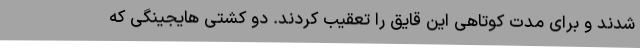
شدند و برای مدت کوتاهی این قایق را تعقیب کردند. دو کشتی هایجینگی که